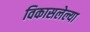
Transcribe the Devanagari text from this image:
विकासलेल्या